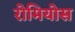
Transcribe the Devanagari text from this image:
रोमियोस